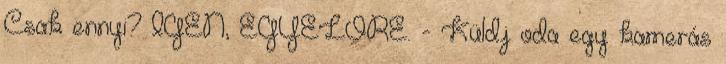
Csak ennyi? IGEN, EGYELŐRE. - Küldj oda egy kamerás